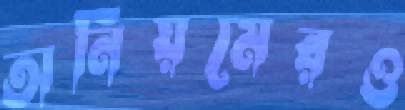
অনিয়মেরও